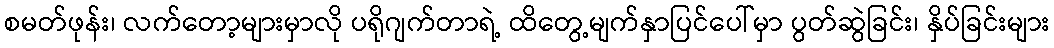
စမတ်ဖုန်း၊ လက်တော့များမှာလို ပရိုဂျက်တာရဲ့ ထိတွေ့မျက်နှာပြင်ပေါ်မှာ ပွတ်ဆွဲခြင်း၊ နှိပ်ခြင်းများ